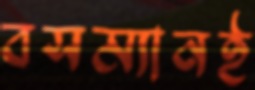
বসম্যানই